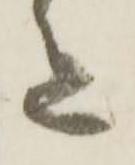
色